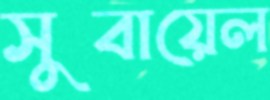
সুবায়েল